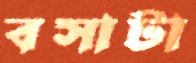
বসাটা